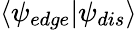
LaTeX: \langle\psi_{edge}|\psi_{dis}\rangle